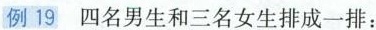
例19 四名男生和三名女生排成一排：